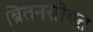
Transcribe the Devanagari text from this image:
ब्रितनसोबत